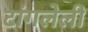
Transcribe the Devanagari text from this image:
टांगलेली